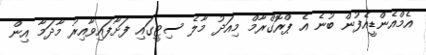
އެމްއެންޑީއެފުން ބުނެ އެ ޕްރޮގްރާމް މިއަދު މާލެ ސިޓީގައި ފަށާފައިވާއިރު މާދަމާ އިން